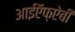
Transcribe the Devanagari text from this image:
आईऍफ़ऐबी